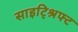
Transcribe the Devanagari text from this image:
साइट्श्रिफ्ट